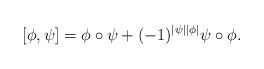
LaTeX: \begin{align*}[\phi,\psi]&=\phi\circ\psi+(-1)^{|\psi||\phi|}\psi\circ\phi.\\\end{align*}